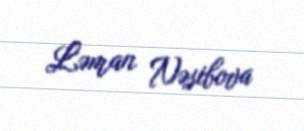
Ləman Nəsibova